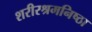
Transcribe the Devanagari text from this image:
शरीरश्रमनिष्ठा